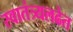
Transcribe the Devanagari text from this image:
स्वातंत्र्यलढेत